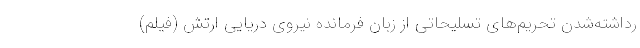
رداشته‌شدن تحریم‌های تسلیحاتی از زبان فرمانده نیروی دریایی ارتش (فیلم)